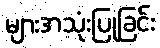
များအသုံးပြုခြင်း